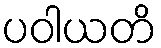
ပဝါယတိ